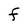
Character: F